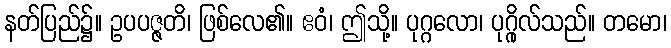
နတ်ပြည်၌။ ဥပပဇ္ဇတိ၊ ဖြစ်လေ၏။ ဧဝံ၊ ဤသို့။ ပုဂ္ဂလော၊ ပုဂ္ဂိုလ်သည်။ တမော၊